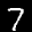
Label: 7